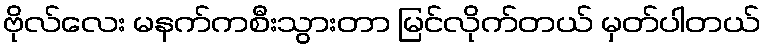
ဗိုလ်လေး မနက်ကစီးသွားတာ မြင်လိုက်တယ် မှတ်ပါတယ်